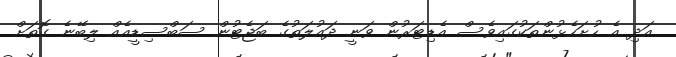
އަދި އެ ހުށަހެޅުންތަކުގައިވެސް އެޑިޓަރުން ވަނީ ދައުލަތުގެ ބަޖެޓުން ސަބްސިޑީއެއް ލިބޭނެ ގޮތަށް